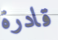
قادرة